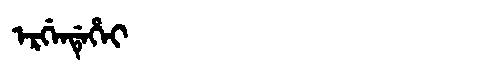
Manchu: ᡝᡵᡤᡝᠨᡩᡝᡥᡝᡳ
Romanization: ERGENDEHEI